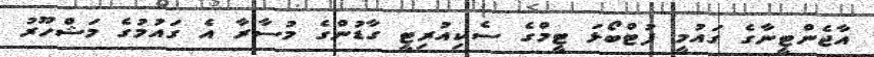
އާޖެންޓީނާގެ ގައުމީ ފުޓްބޯޅަ ޓީމްގެ ސެކިއުރިޓީ ގާޑުންގެ މުސާރާ އެ ގައުމުގެ މަޝްހޫރު